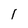
Character: 1